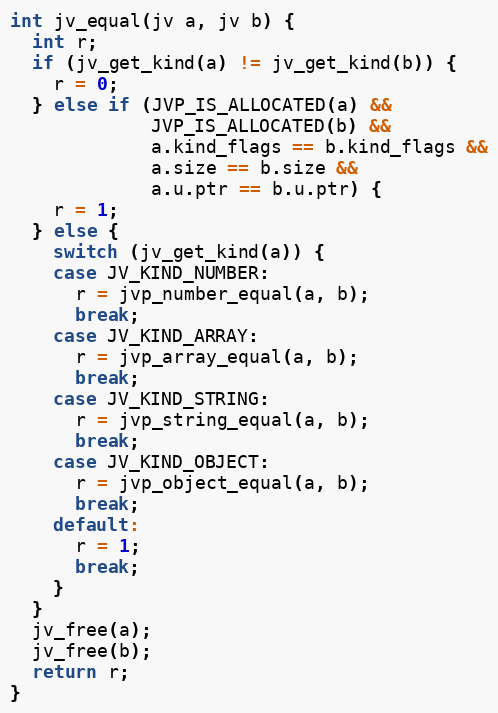
Language: C
int jv_equal(jv a, jv b) {
  int r;
  if (jv_get_kind(a) != jv_get_kind(b)) {
    r = 0;
  } else if (JVP_IS_ALLOCATED(a) &&
             JVP_IS_ALLOCATED(b) &&
             a.kind_flags == b.kind_flags &&
             a.size == b.size &&
             a.u.ptr == b.u.ptr) {
    r = 1;
  } else {
    switch (jv_get_kind(a)) {
    case JV_KIND_NUMBER:
      r = jvp_number_equal(a, b);
      break;
    case JV_KIND_ARRAY:
      r = jvp_array_equal(a, b);
      break;
    case JV_KIND_STRING:
      r = jvp_string_equal(a, b);
      break;
    case JV_KIND_OBJECT:
      r = jvp_object_equal(a, b);
      break;
    default:
      r = 1;
      break;
    }
  }
  jv_free(a);
  jv_free(b);
  return r;
}